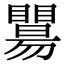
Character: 𥌖